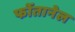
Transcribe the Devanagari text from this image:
फोंतानेल